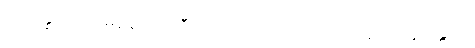
သံသန္နသင်္ကပ္ပမနော ကုသီတော၊ ပညာယ မဂ္ဂံ အလသော န ဝိန္ဒတိ။